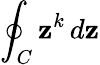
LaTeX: \oint_{C}\mathbf{z}^{k}\, d\mathbf{z}